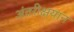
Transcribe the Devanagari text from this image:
अंतरीक्षयान